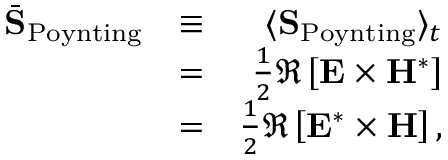
\begin{array} { r l r } { \bar { \bf S } _ { \mathrm { P o y n t i n g } } } & { \equiv } & { \langle { \bf S } _ { \mathrm { P o y n t i n g } } \rangle _ { t } } \\ & { = } & { \frac { 1 } { 2 } \Re \left[ { \bf E } \times { \bf H } ^ { * } \right] } \\ & { = } & { \frac { 1 } { 2 } \Re \left[ { \bf E } ^ { * } \times { \bf H } \right] , } \end{array}